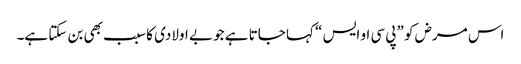
اس مرض کو ”پی سی او ایس “ کہا جاتا ہے جو بے اولادی کا سبب بھی بن سکتا ہے۔